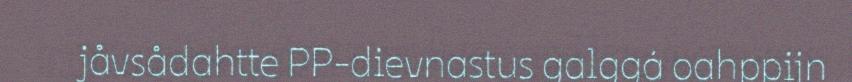
jåvsådahtte PP-dievnastus galggá oahppijn